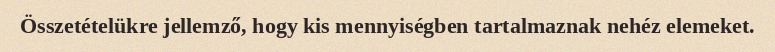
Összetételükre jellemző, hogy kis mennyiségben tartalmaznak nehéz elemeket.